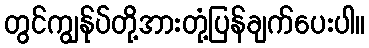
တွင်ကျွန်ုပ်တို့အားတုံ့ပြန်ချက်ပေးပါ။